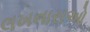
લખનારાઓ